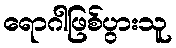
ရောဂါဖြစ်ပွားသူ